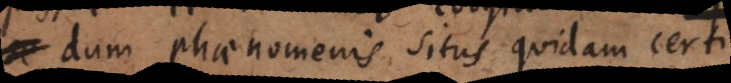
dum phaenomenis situs quidam certi